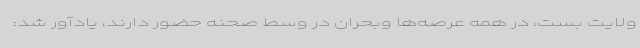
ولایت بست، در همه عرصه‌ها وبحران در وسط صحنه حضور دارند، یادآور شد:‌